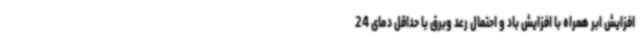
افزایش ابر همراه با افزایش باد و احتمال رعد وبرق با حداقل دمای 24